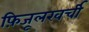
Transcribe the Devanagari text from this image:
फ़िजूलखर्ची